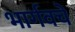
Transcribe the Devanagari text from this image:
भार्गवचे